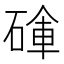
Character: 𥔚